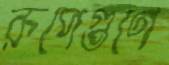
রূপেগুণে